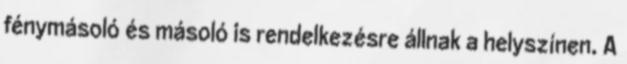
fénymásoló és másoló is rendelkezésre állnak a helyszínen. A